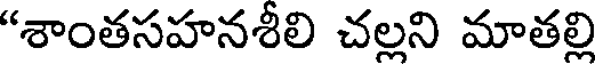
"శాంతసహనశీలి చల్లని మాతల్లి